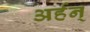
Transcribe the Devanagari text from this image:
अर्हन्